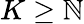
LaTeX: K\geq\mathbb{N}